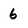
Character: 6